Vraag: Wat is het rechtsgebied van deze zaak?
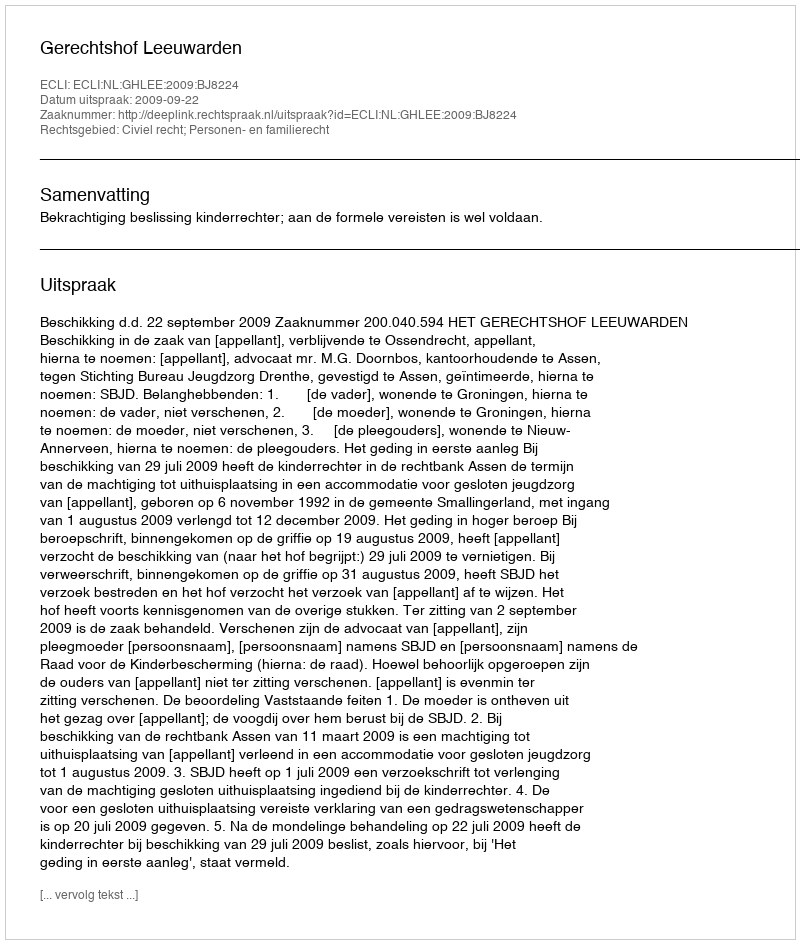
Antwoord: Civiel recht; Personen- en familierecht